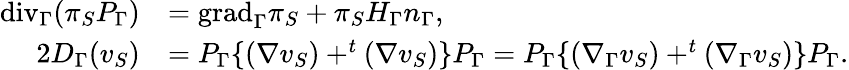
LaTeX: \begin{array}{rl}{\mathrm{{div}}_{\Gamma}(\pi_{S}P_{\Gamma})}&{={\mathrm{grad}}_{\Gamma}\pi_{S}+\pi_{S}H_{\Gamma}n_{\Gamma},}\\ {2D_{\Gamma}(v_{S})}&{=P_{\Gamma}\{ (\nabla v_{S})+^{t}(\nabla v_{S})\} P_{\Gamma}=P_{\Gamma}\{ (\nabla_{\Gamma}v_{S})+^{t}(\nabla_{\Gamma}v_{S})\} P_{\Gamma}.}\end{array}